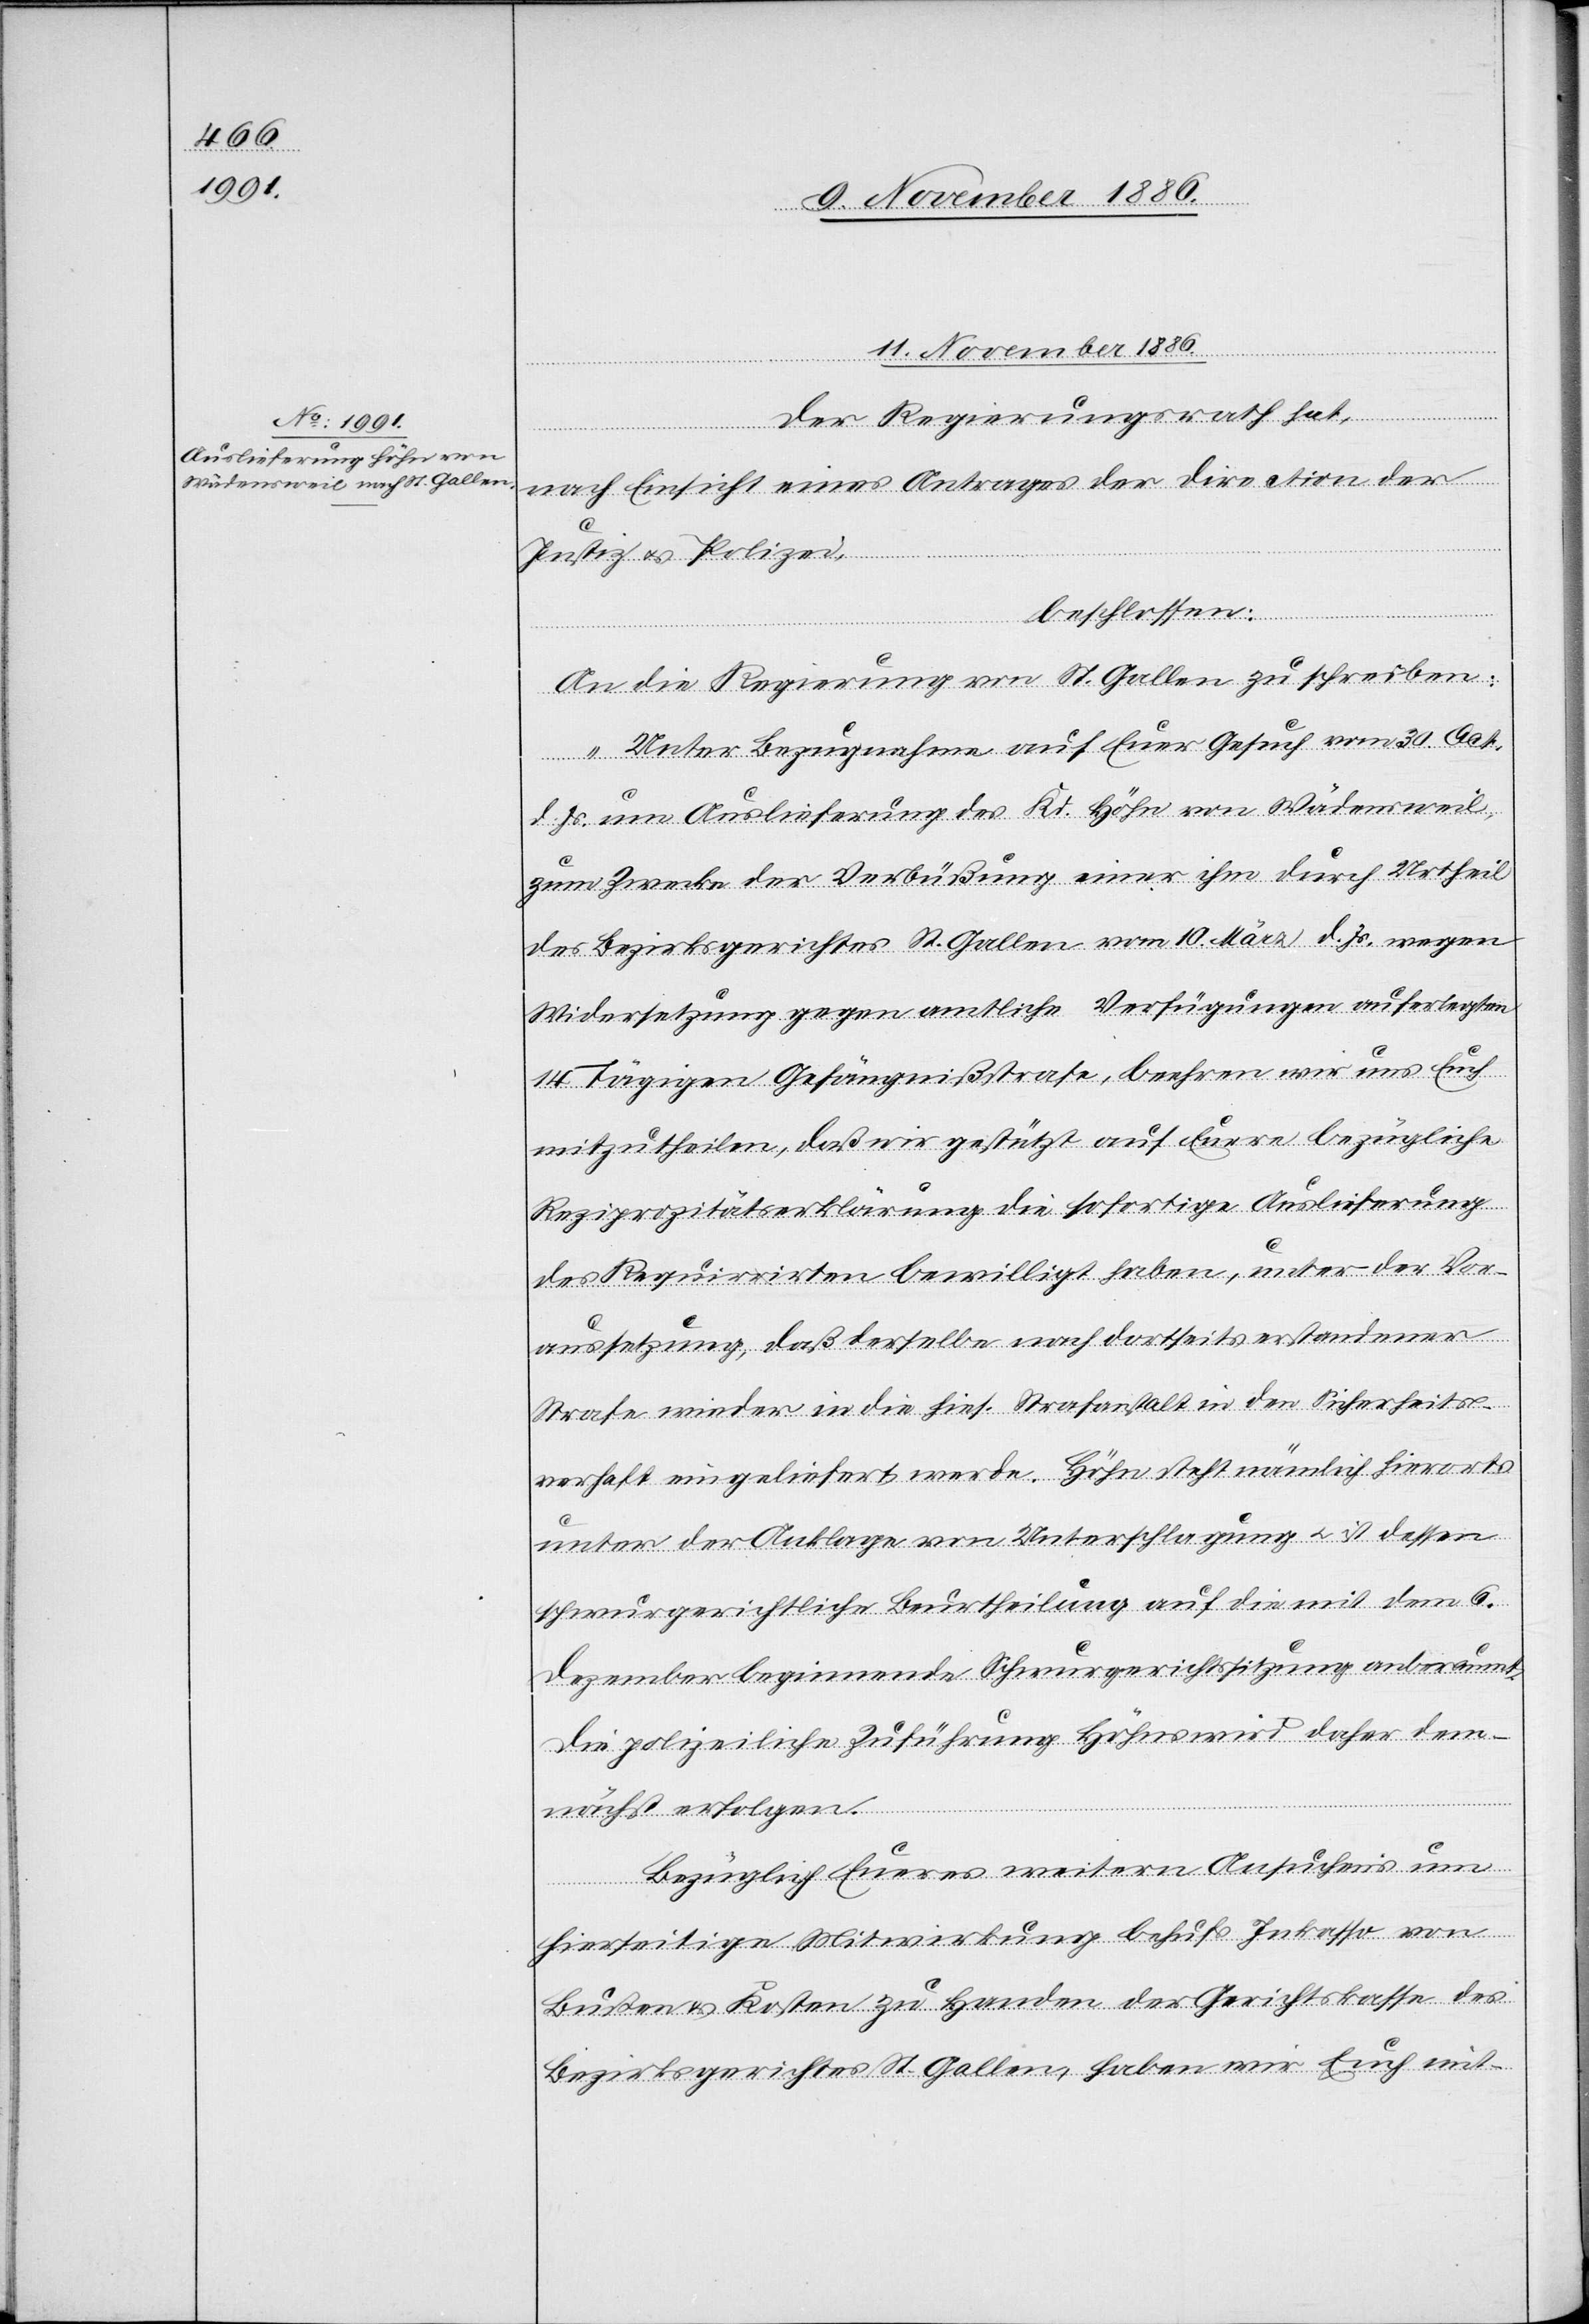
11. November 1886.
Der Regierungsrath hat,
nach Einsicht eines Antrages der Direction der
Justiz & Polizei,
beschlossen:
An die Regierung von St. Gallen zu schreiben:
„Unter Bezugnahme auf Euer Gesuch vom 30. Oct.
d. Js. um Auslieferung des Kd. Höhn von Wädensweil,
zum Zwecke der Verbüßung einer ihm durch Urtheil
des Bezirksgerichtes St. Gallen vom 10. März d. Js. wegen
Widersetzung gegen amtliche Verfügungen auferlegten
14tägigen Gefängnißstrafe, beehren wir uns Euch
mitzutheilen, daß wir gestützt auf Euere bezügliche
Reziprozitätserklärung die sofortige Auslieferung
des Requirirten bewilligt haben, unter der Vor¬
aussetzung, daß derselbe nach dortseits erstandener
Strafe wieder in die hies. Strafanstalt in den Sicherheits¬
verhaft eingeliefert werde. Höhn steht nämlich hierorts
unter der Anklage von Unterschlagung & ist dessen
schwurgerichtliche Beurtheilung auf die mit dem 6.
Dezember beginnende Schwurgerichtssitzung anberaumt.
Die polizeiliche Zuführung Höhns wird daher dem¬
nächst erfolgen.
Bezüglich Eueres weitern Ansuchens um
hierseitige Mitwirkung behufs Inkasso von
Bußen & Kosten zu Handen der Gerichtskasse des
Bezirksgerichtes St. Gallen, haben wir Euch mit-